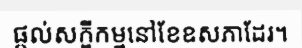
ផ្តល់សក្ខីកម្មនៅខែឧសភាដែរ។